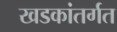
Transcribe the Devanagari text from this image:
खडकांतर्गत